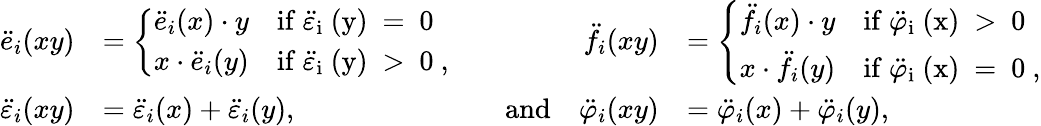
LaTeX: \begin{array}{rlrlrl}{\ddot{e}_{i}(xy)}&{=\left\{ \begin{array}{ll}{\ddot{e}_{i}(x)\cdot y}&{\mathrm{if~\ddot{\varepsilon}_i~(y)~=~0~}}\\ {x\cdot\ddot{e}_{i}(y)}&{\mathrm{if~\ddot{\varepsilon}_i~(y)~>~0~,}}\end{array}\right.}&&{}&{\ddot{f}_{i}(xy)}&{=\left\{ \begin{array}{ll}{\ddot{f}_{i}(x)\cdot y}&{\mathrm{if~\ddot{\varphi}_i~(x)~>~0~}}\\ {x\cdot\ddot{f}_{i}(y)}&{\mathrm{if~\ddot{\varphi}_i~(x)~=~0~,}}\end{array}\right.}\\ {\ddot{\varepsilon}_{i}(xy)}&{=\ddot{\varepsilon}_{i}(x)+\ddot{\varepsilon}_{i}(y),}&&{\mathrm{and}}&{\ddot{\varphi}_{i}(xy)}&{=\ddot{\varphi}_{i}(x)+\ddot{\varphi}_{i}(y),}\end{array}